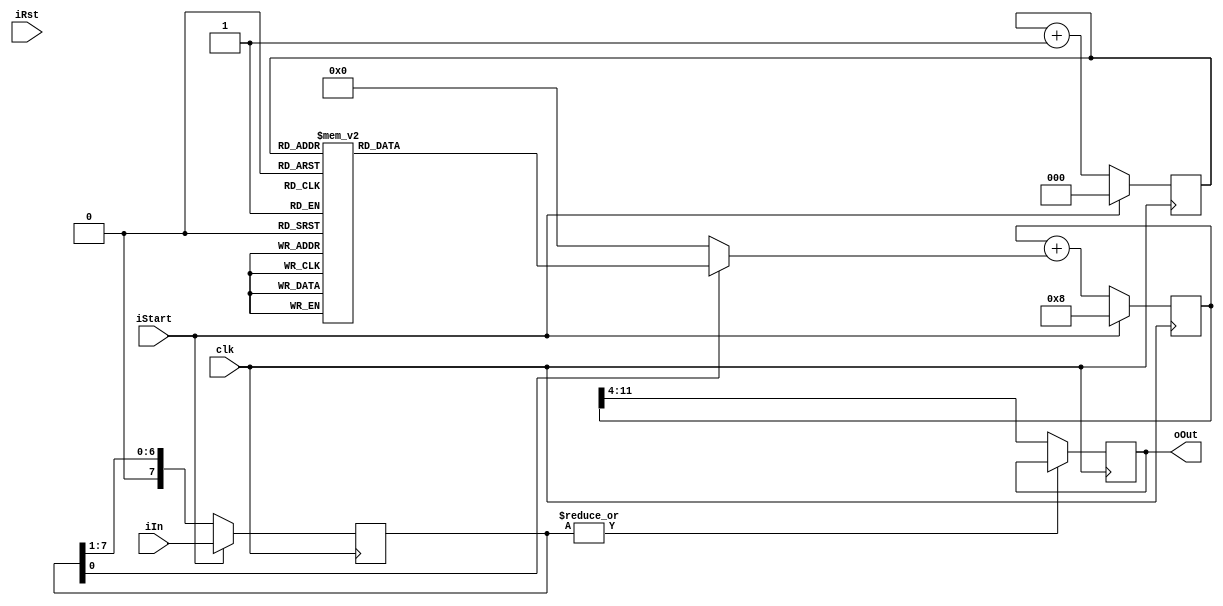
// .___               _________.___________
// |   | ____  ____  /   _____/|   \______ \
// |   |/ ___\/ __ \ \_____  \ |   ||    |  \
// |   \  \__\  ___/ /        \|   ||    `   \
// |___|\___  >___  >_______  /|___/_______  /
//          \/    \/        \/             \/
`default_nettype none

module sid_dac8(
  input            clk,
  input            iRst,
  input      [7:0] iIn,
  input            iStart,
  output reg [7:0] oOut);

  reg [ 2:0] count = 0;
  reg [ 7:0] data  = 0;
  reg [11:0] accum = 0;
  reg [11:0] coef  = 0;
  wire valid = ~|data;

  initial oOut = 8'd0;

  always @(*) begin
    case (count)
    3'd0: coef = 12'h01d;
    3'd1: coef = 12'h02a;
    3'd2: coef = 12'h04b;
    3'd3: coef = 12'h08d;
    3'd4: coef = 12'h110;
    3'd5: coef = 12'h20e;
    3'd6: coef = 12'h3fb;
    3'd7: coef = 12'h7b8;
    endcase
  end

  always @(posedge clk) begin
    data  <= iStart ? iIn   : (data >> 1);
    count <= iStart ? 3'd0  : count + 3'd1;
    accum <= iStart ? 12'd8 : accum + (data[0] ? coef : 12'd0);
    oOut  <= valid  ? accum[11:4] : oOut;
  end
endmodule